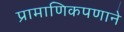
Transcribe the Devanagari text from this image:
प्रामाणिकपणाने